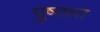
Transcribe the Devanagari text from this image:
पुष्तारा